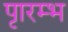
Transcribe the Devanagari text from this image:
पाृरम्भ